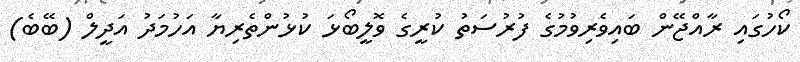
ކޯހުގައި ރާއްޖޭން ބައިވެރިވުމުގެ ފުރުސަތު ކުރީގެ ވޮލީބޯޅަ ކުޅުންތެރިޔާ އަހުމަދު އަދީލް (ބޭބެ)